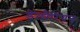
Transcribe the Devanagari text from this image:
डेलौरियन